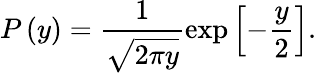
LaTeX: P\left(y\right)=\frac{1}{\sqrt{2\pi y}}\exp\left[-\frac{y}{2}\right].